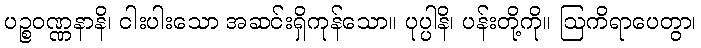
ပဉ္စဝဏ္ဏနာနိ၊ ငါးပါးသော အဆင်းရှိကုန်သော။ ပုပ္ပါနိ၊ ပန်းတို့ကို။ ဩကိရာပေတွာ၊